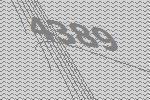
4389